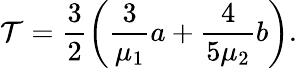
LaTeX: \mathcal{T}=\frac{{3}}{{2}}\left(\frac{{3}}{{\mu_{1}}}a+\frac{{4}}{{5\mu_{2}}}b\right).